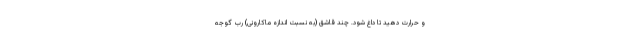
و حرارت دهید تا داغ شود. چند قاشق (به نسبت اندازه ماکارونی) رب گوجه